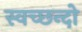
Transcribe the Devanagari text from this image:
स्वच्छन्दो